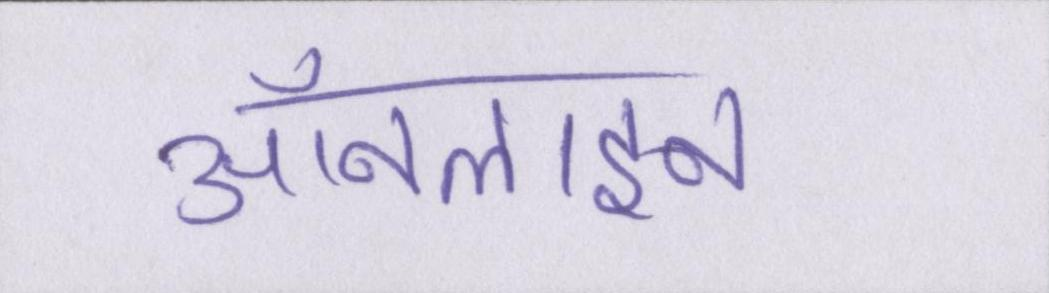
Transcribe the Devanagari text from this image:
ऑनलाइन